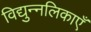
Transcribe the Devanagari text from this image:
विद्युन्नलिकाएँ